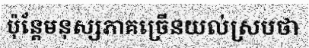
ប៉ុន្តែមនុស្សភាគច្រើនយល់ស្របថា